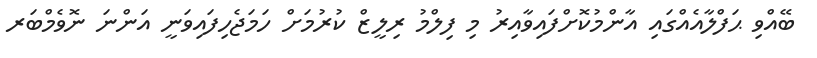
ބޭއްވި ޙަފްލާއެއްގައި އާންމުކޮށްފައިވާއިރު މި ފިލްމު ރިލީޒް ކުރުމަށް ހަމަޖެހިފައިވަނީ އަންނަ ނޮވެމްބަރ